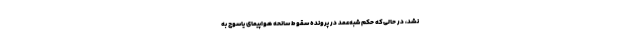
نشد، در حالی‌که حکم شبه‌عمد در پرونده سقوط سانحه هواپیمای یاسوج به